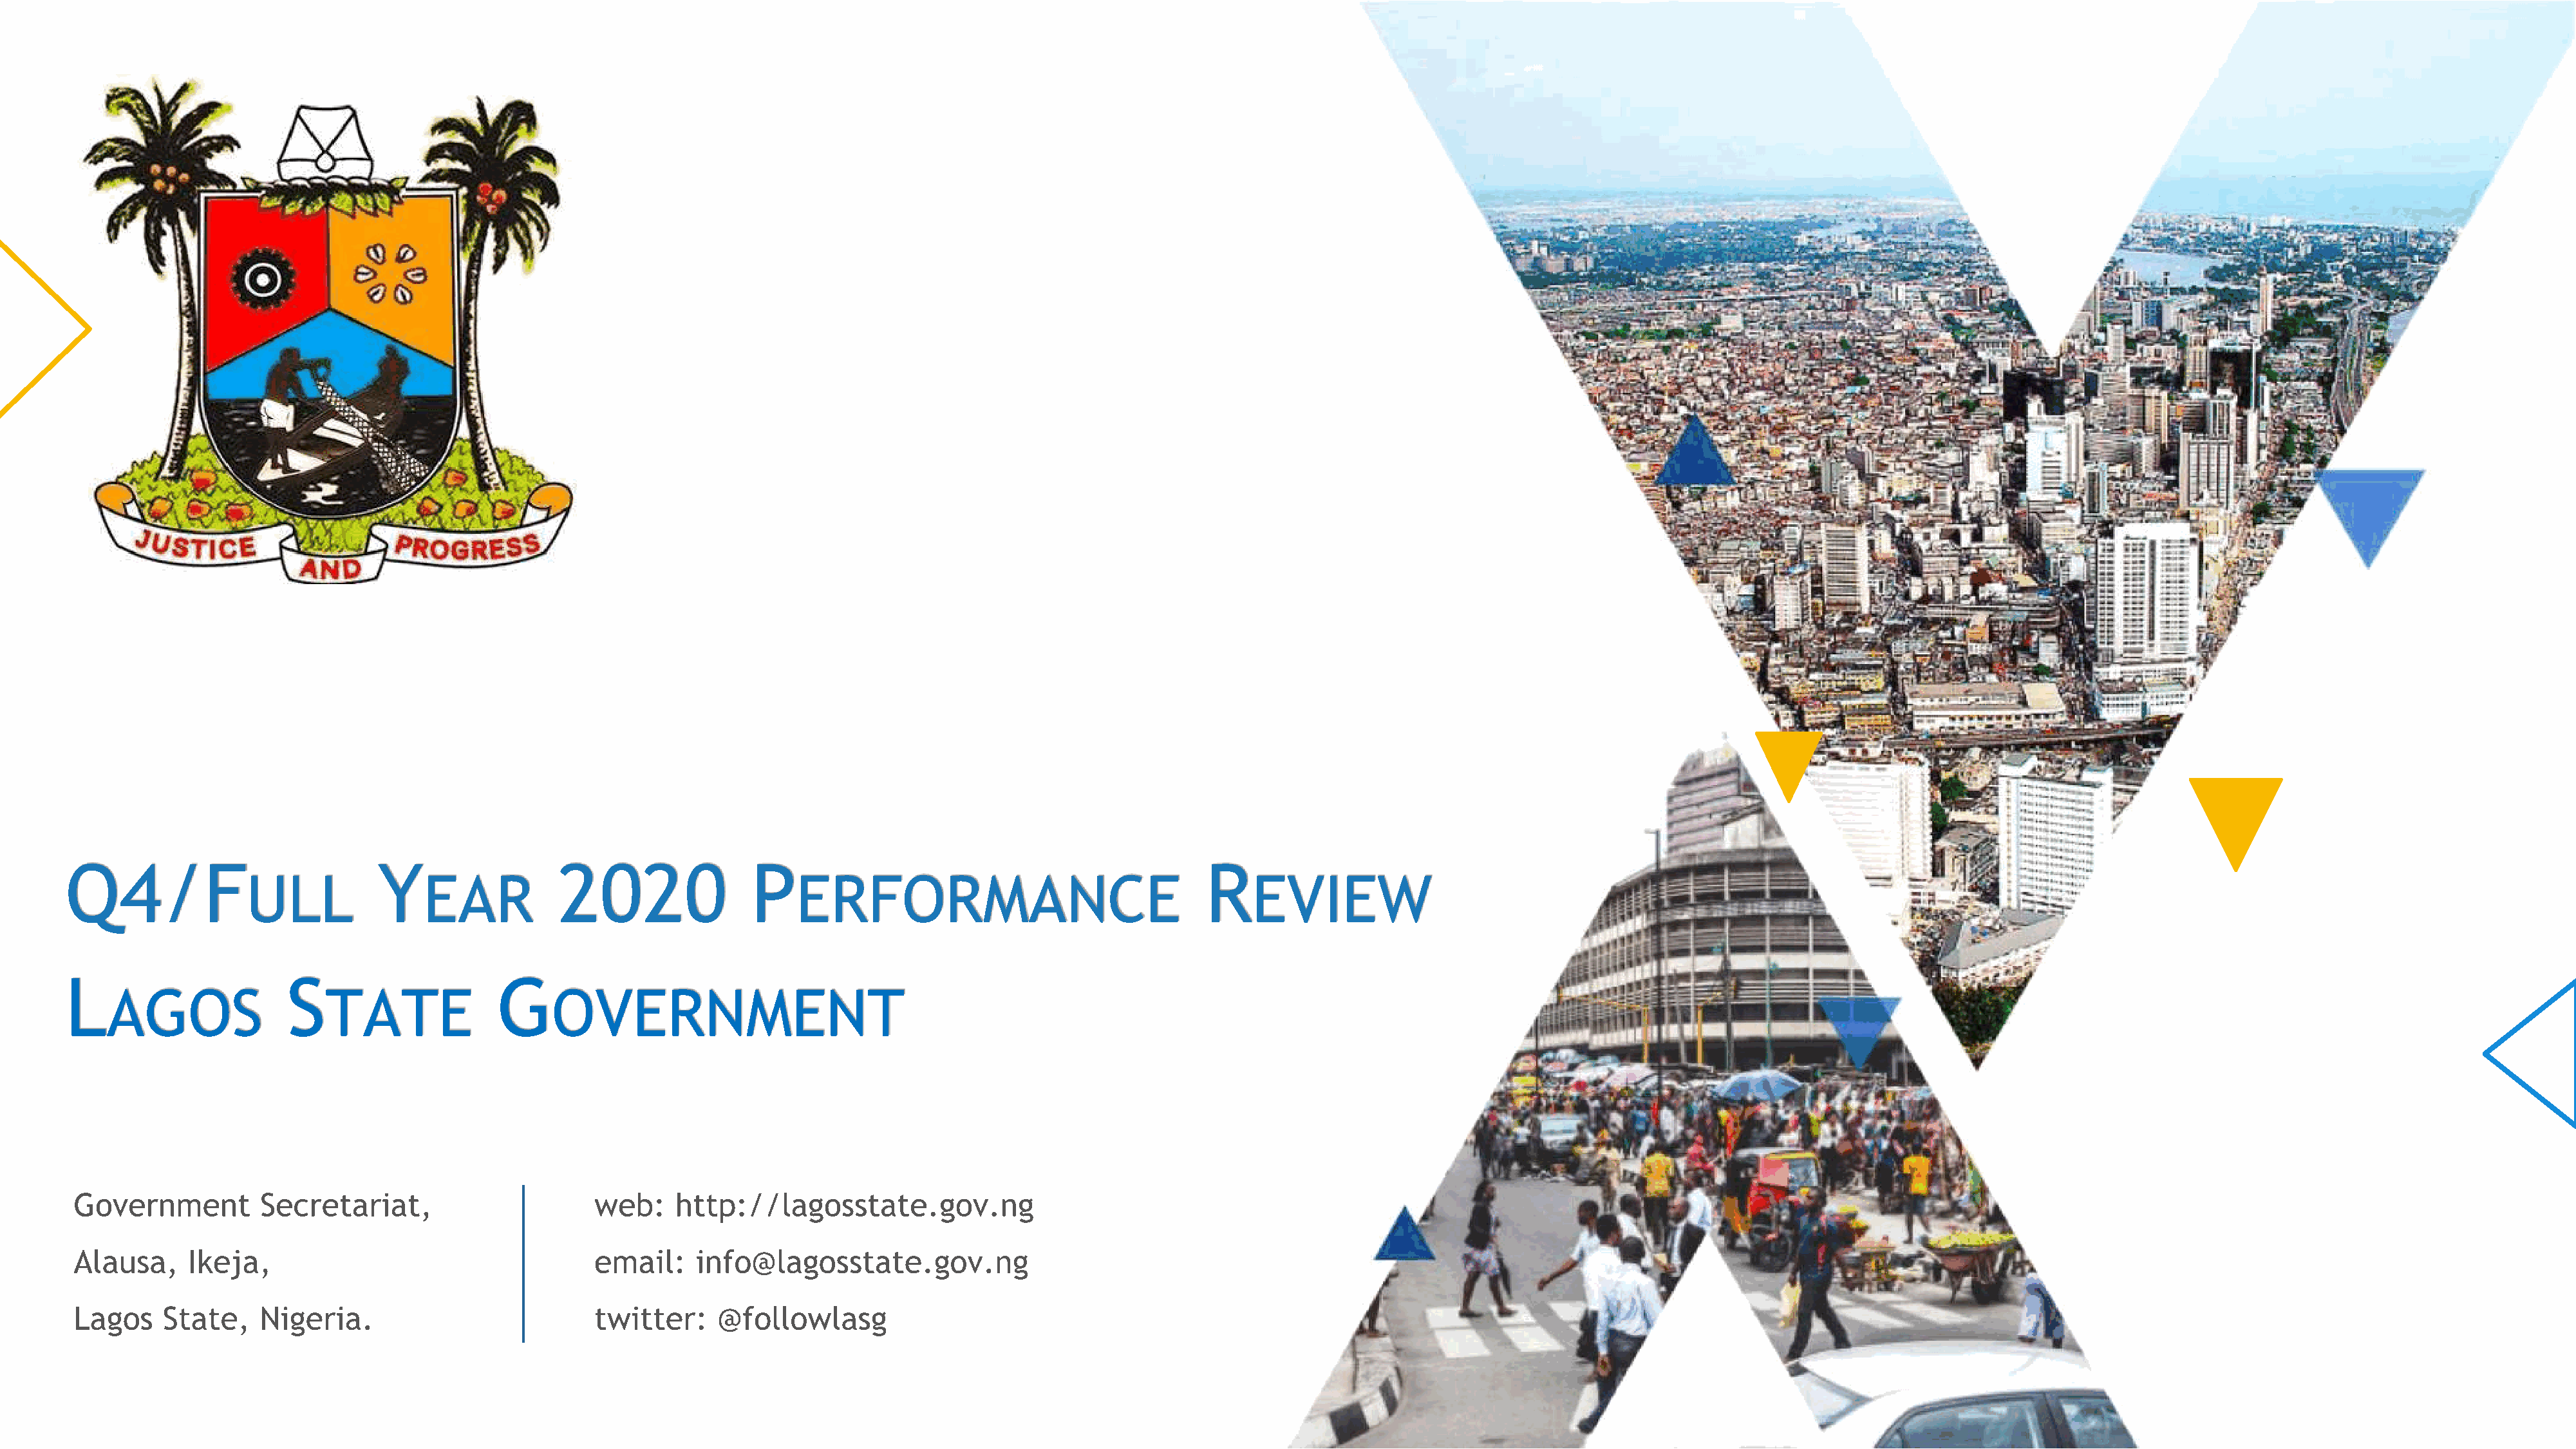
Q4/F                            Y                 2020                P                                              R
 ULL                EAR                                   ERFORMANCE                                     EVIEW
 L                     S                     G
 AGOS                  TATE                    OVERNMENT
 Government         Secretariat,                      web:    http://lagosstate.gov.ng
 Alausa,    Ikeja,                                    email:     info@lagosstate.gov.ng
 Lagos    State,    Nigeria.                          twitter:     @followlasg
 Q4 2020 Budget Performance Review                      Projections are based on Budget planning figures and trends from the previous year. Accuracy of the figures improve as year-to-date data becomes available.                                  MEPB